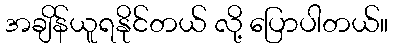
အချိန်ယူရနိုင်တယ် လို့ ပြောပါတယ်။